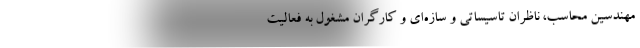
مهندسين محاسب، ناظران تاسيساتي و سازه‌اي و كارگران مشغول به فعالیت